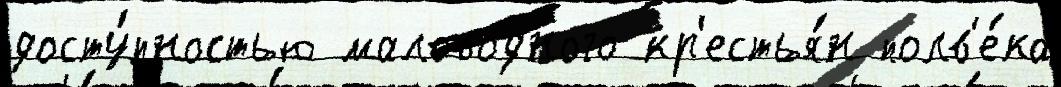
досту́пностью маловодного кр'естья́н полв'е́ка